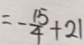
= - \frac { 1 5 } { 4 } + 2 1